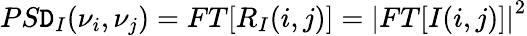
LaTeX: PS\mathtt{D}_{I}(\nu_{i},\nu_{j})=FT[R_{I}(i,j)]={|FT[I(i,j)]|}^{2}